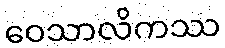
ဝေသာလိကဿ